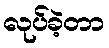
လုပ်ခဲ့တာ